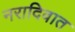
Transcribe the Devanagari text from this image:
नरादिवात